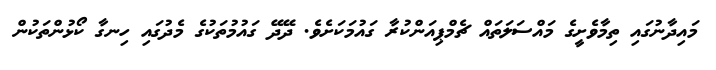
މައިދާނުގައި ތިމާވެށީގެ މައްސަލަތައް ޗެމްޕިއަންކުރާ ގައުމަކަށެވެ. ދޭދޭ ގައުމުތަކުގެ މެދުގައި ހިނގާ ކޯޅުންތަކުން